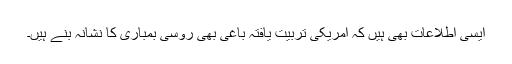
ایسی اطلاعات بھی ہیں کہ امریکی تربیت یافتہ باغی بھی روسی بمباری کا نشانہ بنے ہیں۔